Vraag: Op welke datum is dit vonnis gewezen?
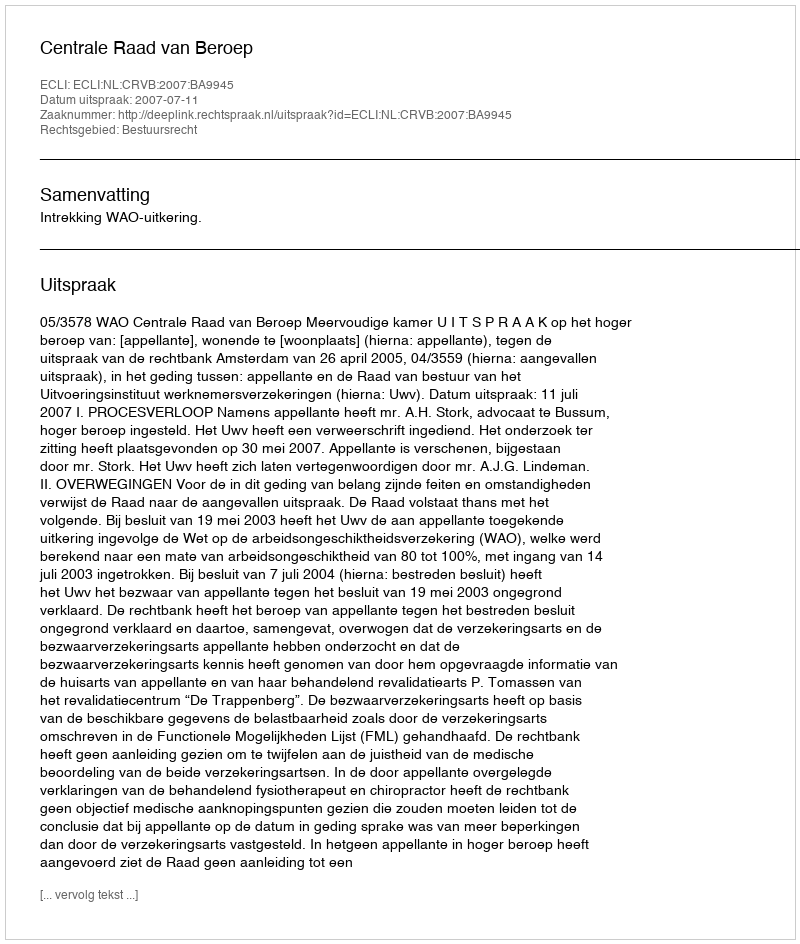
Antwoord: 2007-07-11